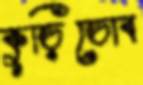
কুড়িডোব